Senior Leaving Certificate Examination (including Day School Certificate (Higher) General paper), 1950
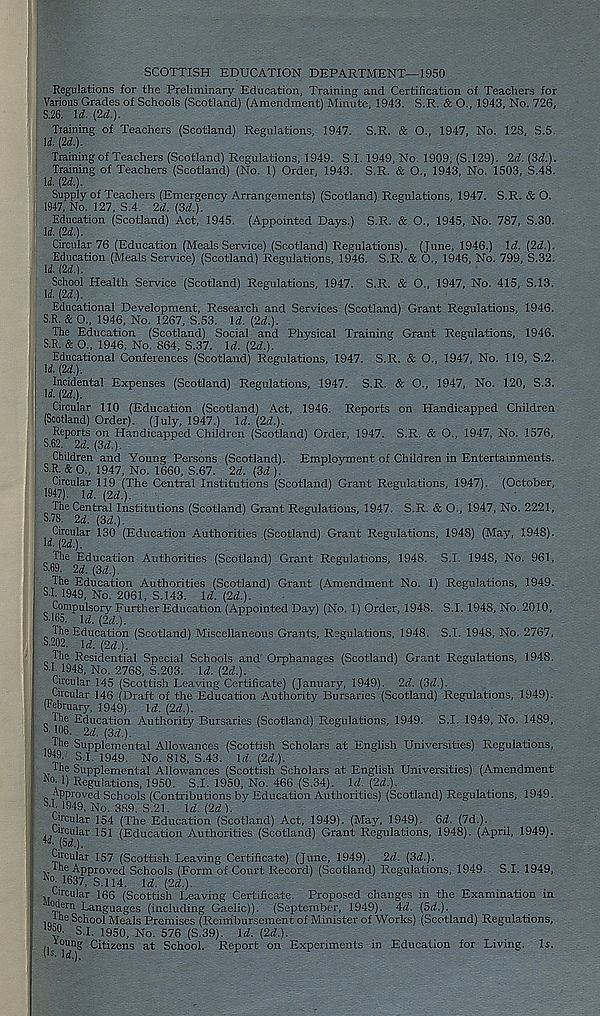
SCOTTISH EDUCATION DEPARTMENT—1950
Regulations for the Preliminary Education, Training and Certification of Teachers for
Various Grades of Schools (Scotland) (Amendment) Minute, 1943. S.R. & O., 1943, No. 726,
S.26. \d. [2d.).
Training of Teachers (Scotland) Regulations, 1947. S.R. & O., 1947, No. 128, S.5.
\l [2d.).
Training of Teachers (Scotland) Regulations, 1949. S.1.1949, No. 1909, (S.129). 2d. (3i.).
Training of Teachers (Scotland) (No. 1) Order, 1943. S.R. & O., 1943, No. 1503, S.48.
U. [2d.).
Supply of Teachers (Emergency Arrangements) (Scotland) Regulations, 1947. S.R. & O.
1947, No. 127, S.4. 2d. (3a!.).
Education (Scotland) Act, 1945. (Appointed Days.) S.R. & O., 1945, No. 787, S.30.
M. [2d.).
Circular 76 (Education (Meals Service) (Scotland) Regulations). (June, 1946.) \d. (2d.).
Education (Meals Service) (Scotland) Regulations, 1946. S.R. & O., 1946, No. 799, S.32.
\i. (2d.).
School Health Service (Scotland) Regulations, 1947. S.R. & O., 1947, No. 415, S.13.
XL (2d.).
Educational Development, Research and Services (Scotland) Grant Regulations, 1946.
S.R. & 0„ 1946, No. 1267, S.53. \d. (2d.).
The Education (Scotland) Social and Physical Training Grant Regulations, 1946.
S.R. & O., 1946, No. 864, S.37. \d. (2d.).
Educational Conferences (Scotland) Regulations, 1947. S.R. & O., 1947, No. 119, S.2.
XI (2d.).
^Incidental Expenses (Scotland) Regulations, 1947. S.R. & O., 1947, No. 120, S.3.
Circular 110 (Education (Scotland) Act, 1946. Reports on Handicapped Children
(Scotland) Order). (July, 1947.) \d. (2d.).
Reports on Handicapped Children (Scotland) Order, 1947. S.R. & O., 1947, No. 1576,
S.62. 2d. (3d.).
Children and Young Persons (Scotland). Employment of Children in Entertainments.
S.R. & 0., 1947, No. 1660, S.67. 2d. (3d ).
^Circular 119 (The Central Institutions (Scotland) Grant Regulations, 1947). (October,
The Central Institutions (Scotland) Grant Regulations, 1947. S.R. & O., 1947, No. 2221,
S.78. 2d. (3d.).
^Circular 130 (Education Authorities (Scotland) Grant Regulations, 1948) (May, 1948).
The Education Authorities (Scotland) Grant Regulations, 1948. S.I. 1948, No. 961,
SB. 2d. (3d.).
'
’
„ The Education Authorities (Scotland) Grant (Amendment No. 1) Regulations, 1949.
ST 1949, No. 2061, S.143. Id. (2d.).
Compulsory Further Education (Appointed Day) (No. 1) Order, 1948. S.I. 1948, No. 2010,
S.165. Itf. (2d.).
The Education (Scotland) Miscellaneous Grants, Regulations, 1948. S.I. 1948, No. 2767,
S.202. Id. (2d.).
The Residential Special Schools and Orphanages (Scotland) Grant Regulations, 1948.
ST. 1948, No. 2768, S.2C3. Id. (2d.).
Circular 145 (Scottish Leaving Certificate) (January, 1949). 2d. (3d.).
Circular 146 (Draft of the Education Authority Bursaries (Scotland) Regulations, 1949).
February, 1949). Id. (2d.).
The Education Authority Bursaries (Scotland) Regulations, 1949. S.I. 1949, No. 1489,
S '106. 2d. (3d.).
y
\
*
. The Supplemental Allowances (Scottish Scholars at English Universities) Regulations,
1S «9. S.I. 1949. No. 818, S.43. Id. (2d.).
The Supplemental Allowances (Scottish Scholars at English Universities) (Amendment
Ao ' 1) Regulations, 1950. S.I. 1950, No. 466 (S.34). Id. (2d.).
Approved Schools (Contributions by Education Authorities) (Scotland) Regulations, 1949.
b -T 1949, No. 389. S.21. Xd. (2d).
Circular 154 (The Education (Scotland) Act, 1949). (May, 1949). Qd. (7d.).
..^pular 151 (Education Authorities (Scotland) Grant Regulations, 1948). (April, 1949).
(5dL).
Circular 157 (Scottish Leaving Certificate) (June, 1949). 2d. (3d.).
The Approved Schools (Form of Court Record) (Scotland) Regulations, 1949. S.I. 1949,
Ko
r .1637, S.114. U. (2d.).
Circular 166 (Scottish Leaving Certificate. Proposed changes in the Examination in
1 “hern Languages (including Gaelic)). (September, 1949). 4o!. (5d.).
, Q . he School Meals Premises (Reimbursement of Minister of Works) (Scotland) Regulations,
^ S.I. 1950, No. 576 (S.39). Id. (2d.).
i, Y°u ng Citizens at School. Report on Experiments in Education for Living. Is.
l ls ' Xd.).